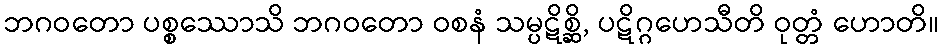
ဘဂဝတော ပစ္စဿောသိ ဘဂဝတော ဝစနံ သမ္ပဋိစ္ဆိ, ပဋိဂ္ဂဟေသီတိ ဝုတ္တံ ဟောတိ။